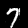
Digit: 7